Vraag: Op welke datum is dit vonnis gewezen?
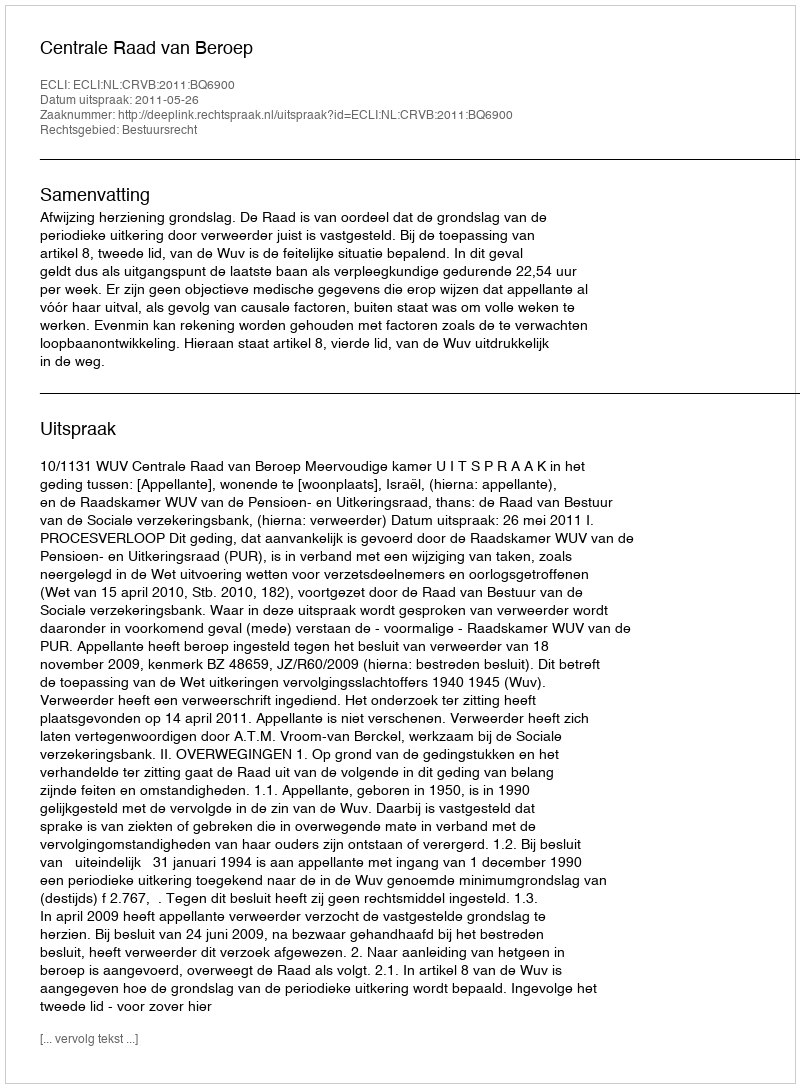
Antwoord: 2011-05-26